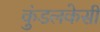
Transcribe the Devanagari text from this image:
कुंडलकेसी